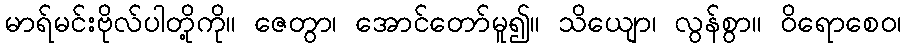
မာရ်မင်းဗိုလ်ပါတို့ကို။ ဇေတွာ၊ အောင်တော်မူ၍။ သိယျော၊ လွန်စွာ။ ဝိရောစေဝ၊